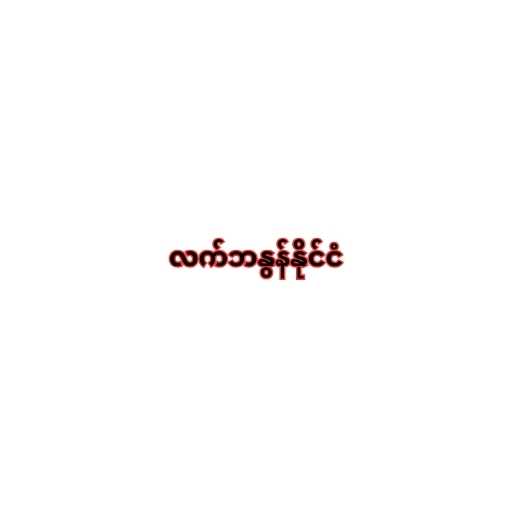
လက်ဘနွန်နိုင်ငံ